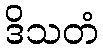
ဒိသတံ